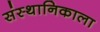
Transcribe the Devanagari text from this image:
संस्थानिकाला